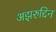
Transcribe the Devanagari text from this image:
अझरुद्दिन